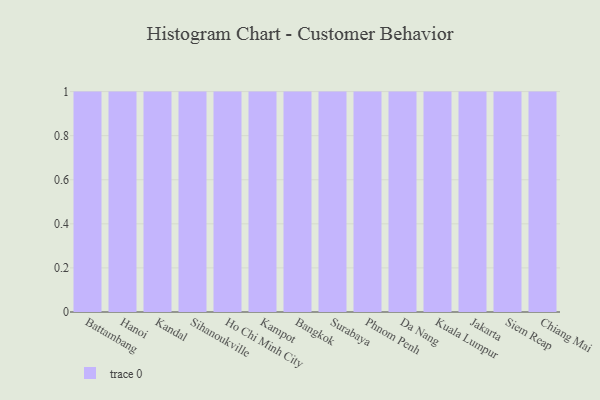
{"axis": {"x": "City", "y": "Temperature (°C)"}, "legend": [""], "data": [{"x": "Battambang", "y": 38, "type": ""}, {"x": "Hanoi", "y": 38, "type": ""}, {"x": "Kandal", "y": 74, "type": ""}, {"x": "Sihanoukville", "y": 93, "type": ""}, {"x": "Ho Chi Minh City", "y": 38, "type": ""}, {"x": "Kampot", "y": 76, "type": ""}, {"x": "Bangkok", "y": 25, "type": ""}, {"x": "Surabaya", "y": 15, "type": ""}, {"x": "Phnom Penh", "y": 51, "type": ""}, {"x": "Da Nang", "y": 62, "type": ""}, {"x": "Kuala Lumpur", "y": 49, "type": ""}, {"x": "Jakarta", "y": 51, "type": ""}, {"x": "Siem Reap", "y": 49, "type": ""}, {"x": "Chiang Mai", "y": 80, "type": ""}]}